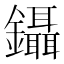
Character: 鑷